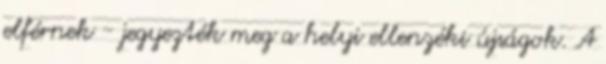
elférnek - jegyezték meg a helyi ellenzéki újságok. A